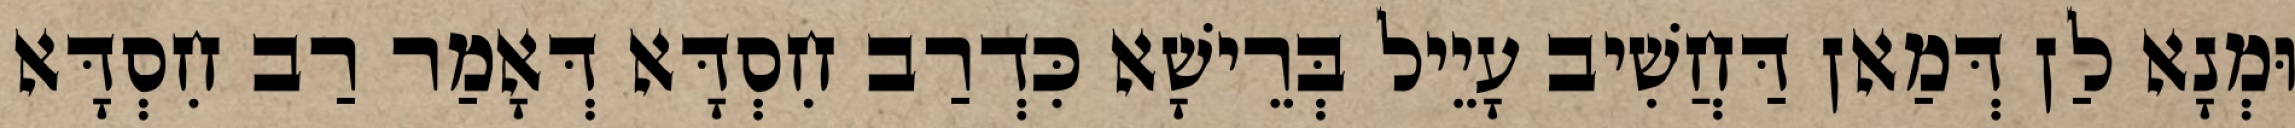
וּמְנָא לַן דְּמַאן דַּחֲשִׁיב עָיֵיל בְּרֵישָׁא כִּדְרַב חִסְדָּא דְּאָמַר רַב חִסְדָּא